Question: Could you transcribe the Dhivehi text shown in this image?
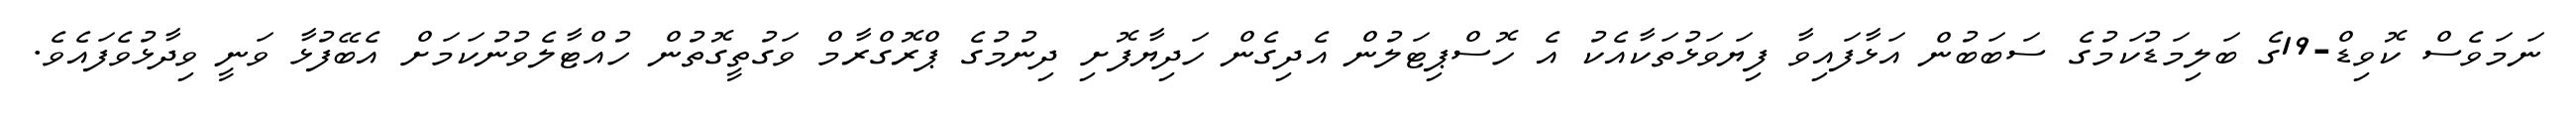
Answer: ނަމަވެސް ކޮވިޑް-19ގެ ބަލިމަޑުކަމުގެ ސަބަބުން އަޅާފައިވާ ފިޔަވަޅުތަކާއެކު އެ ހޮސްޕިޓަލުން އެދިގެން ހަދިޔާފޮށި ދިނުމުގެ ޕްރޮގްރާމް ވަގުތީގޮތުން ހުއްޓާލެވުނުކަމަށް އެބޭފުޅާ ވަނީ ވިދާޅުވެފައެވެ.